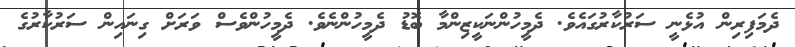
ދެމަފިރިން އުޅެނީ ސަރުކާރުގައެވެ. ދެމީހުންނަކީޒިންމާ ބޮޑު ދެމީހުންނެވެ. ދެމީހުންވެސް ވަރަށް ގިނައިން ސަރުކާރުގެ